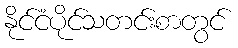
နိုင်ငံပိုင်သတင်းစာတွင်